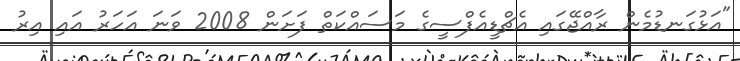
"އަޅުގަނޑުމެން ރާއްޖޭގައި އެޗްޑީއެފްސީގެ މަސައްކަތް ފަށަން 2008 ވަނަ އަހަރު އައި އިރު